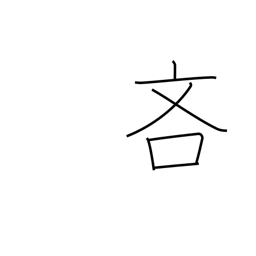
Meaning: sparing